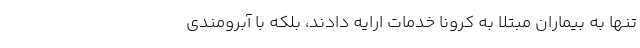
تنها به بیماران مبتلا به کرونا خدمات ارایه دادند، بلکه با آبرومندی